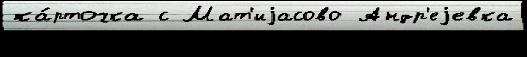
ка́рточка с Мат'иjасово Андр'еjевка